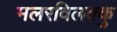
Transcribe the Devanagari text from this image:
मलरविलक्कु